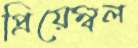
প্রিয়েম্বল